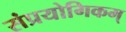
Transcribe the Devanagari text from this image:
संप्रयोगिकम्